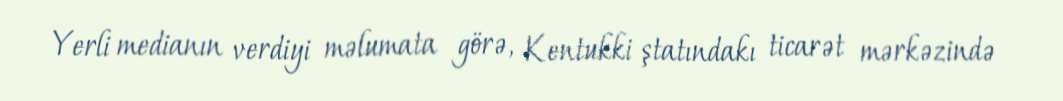
Yerli medianın verdiyi məlumata görə, Kentukki ştatındakı ticarət mərkəzində